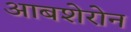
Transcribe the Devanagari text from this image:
आबशेरोन